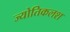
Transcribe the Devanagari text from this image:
ज्योतिकलश